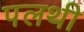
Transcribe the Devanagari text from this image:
पलथी